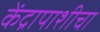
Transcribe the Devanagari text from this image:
केंद्रापाशीचा